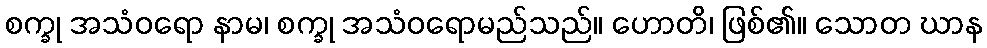
စက္ခု အသံဝရော နာမ၊ စက္ခု အသံဝရောမည်သည်။ ဟောတိ၊ ဖြစ်၏။ သောတ ဃာန